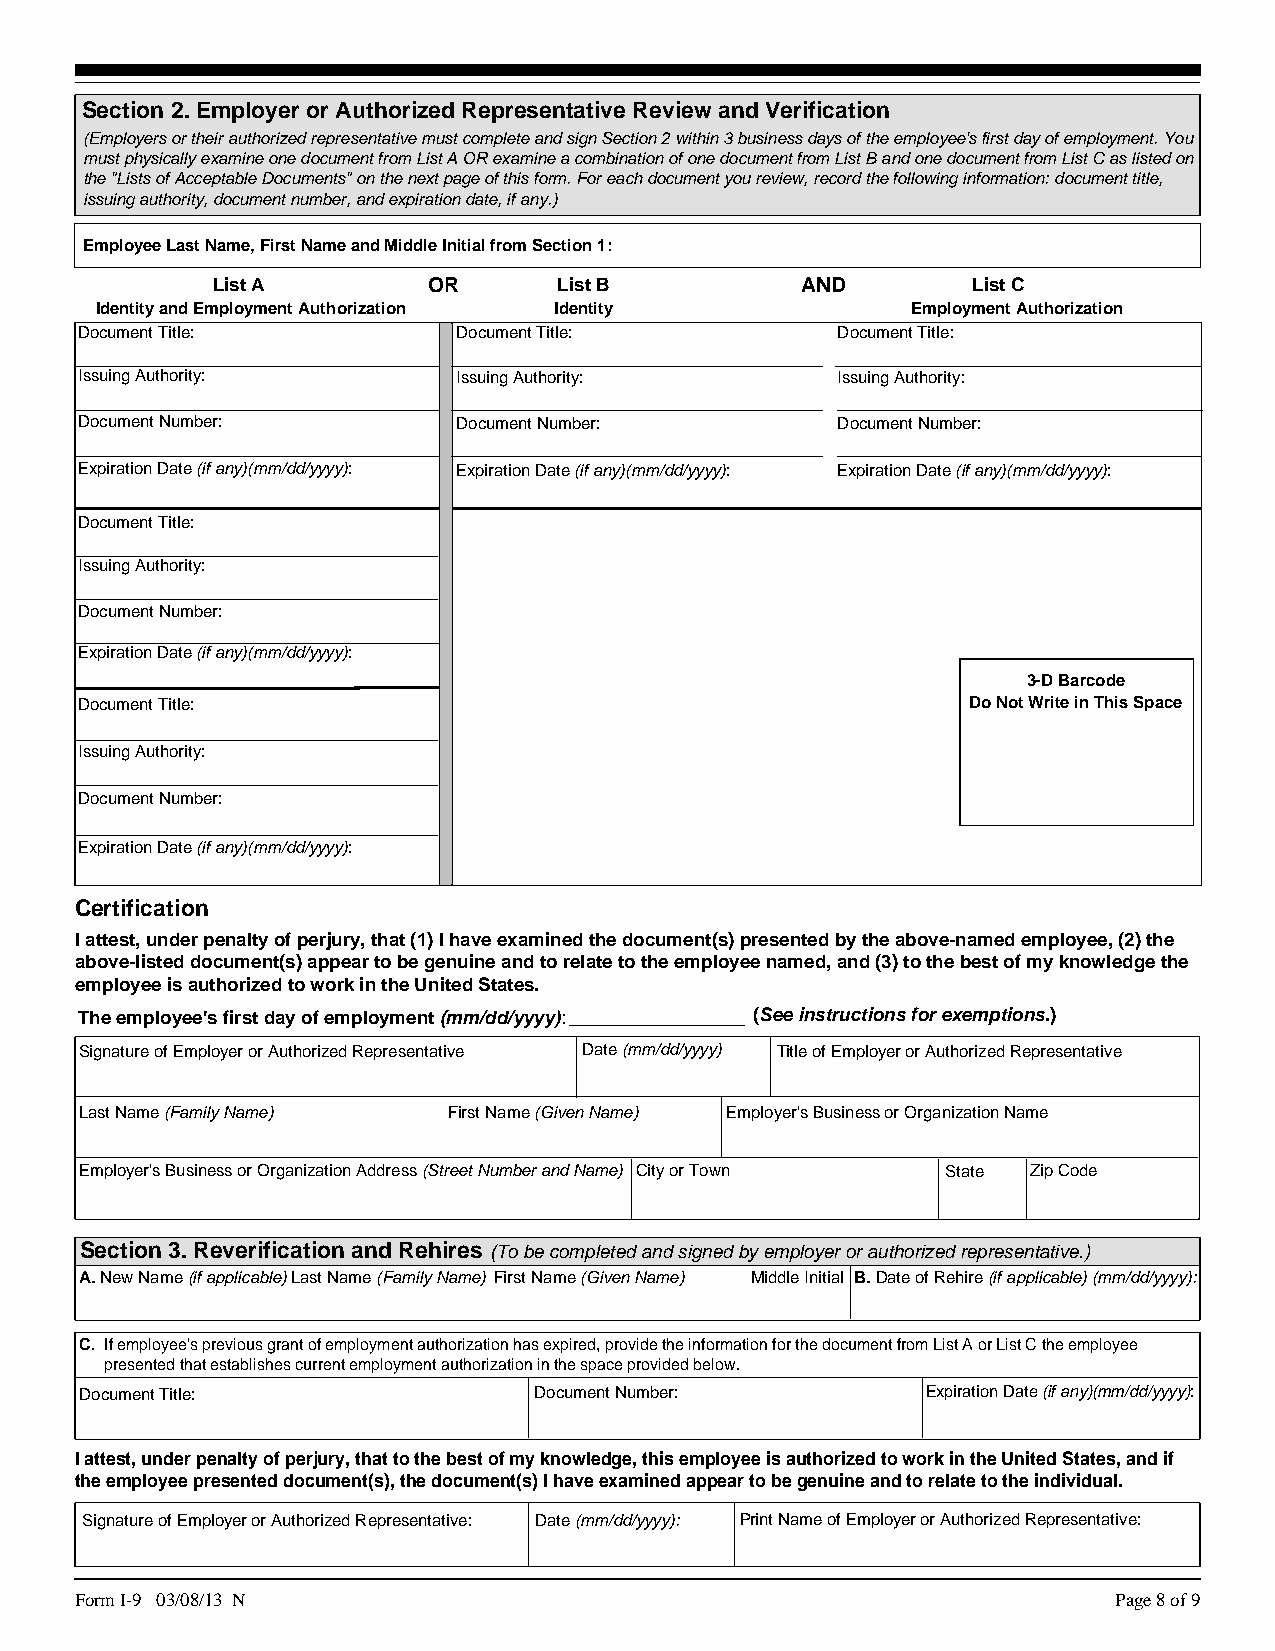
Section 2. Employer or Authorized Representative Review and Verification
 (Employers or their authorized representative must complete and sign Section 2 within 3 business days of the employee's first day of employment. You
 must physically examine one document from List A OR examine a combination of one document from List B and one document from List C as listed on
 the "Lists of Acceptable Documents" on the next page of this form. For each document you review, record the following information: document title,
 issuing authority, document number, and expiration date, if any.)
 Employee Last Name, First Name and Middle Initial from Section 1:
 List A        OR       List B          AND        List C
 Identity and Employment Authorization Identity        Employment Authorization
 Document Title:          Document Title:          Document Title:
 Issuing Authority:       Issuing Authority:       Issuing Authority:
 Document Number:         Document Number:         Document Number:
 Expiration Date (if any)(mm/dd/yyyy): Expiration Date (if any)(mm/dd/yyyy): Expiration Date (if any)(mm/dd/yyyy):
 Document Title:
 Issuing Authority:
 Document Number:
 Expiration Date (if any)(mm/dd/yyyy):
 3-D Barcode
 Document Title:                                            Do Not Write in This Space
 Issuing Authority:
 Document Number:
 Expiration Date (if any)(mm/dd/yyyy):
 Certification
 I attest, under penalty of perjury, that (1) I have examined the document(s) presented by the above-named employee, (2) the
 above-listed document(s) appear to be genuine and to relate to the employee named, and (3) to the best of my knowledge the
 employee is authorized to work in the United States.
 The employee's first day of employment (mm/dd/yyyy): (See instructions for exemptions.)
 Signature of Employer or Authorized Representative Date (mm/dd/yyyy) Title of Employer or Authorized Representative
 Last Name (Family Name)  First Name (Given Name) Employer's Business or Organization Name
 Employer's Business or Organization Address (Street Number and Name) City or Town State Zip Code
 Section 3. Reverification and Rehires (To be completed and signed by employer or authorized representative.)
 A. New Name (if applicable)Last Name (Family Name) First Name (Given Name) Middle Initial B. Date of Rehire (if applicable) (mm/dd/yyyy):
 C. If employee's previous grant of employment authorization has expired, provide the information for the document from List A or List C the employee
 presented that establishes current employment authorization in the space provided below.
 Document Title:               Document Number:          Expiration Date (if any)(mm/dd/yyyy):
 I attest, under penalty of perjury, that to the best of my knowledge, this employee is authorized to work in the United States, and if
 the employee presented document(s), the document(s) I have examined appear to be genuine and to relate to the individual.
 Signature of Employer or Authorized Representative: Date (mm/dd/yyyy): Print Name of Employer or Authorized Representative:
 Form I-9 03/08/13 N                                                  Page 8 of 9